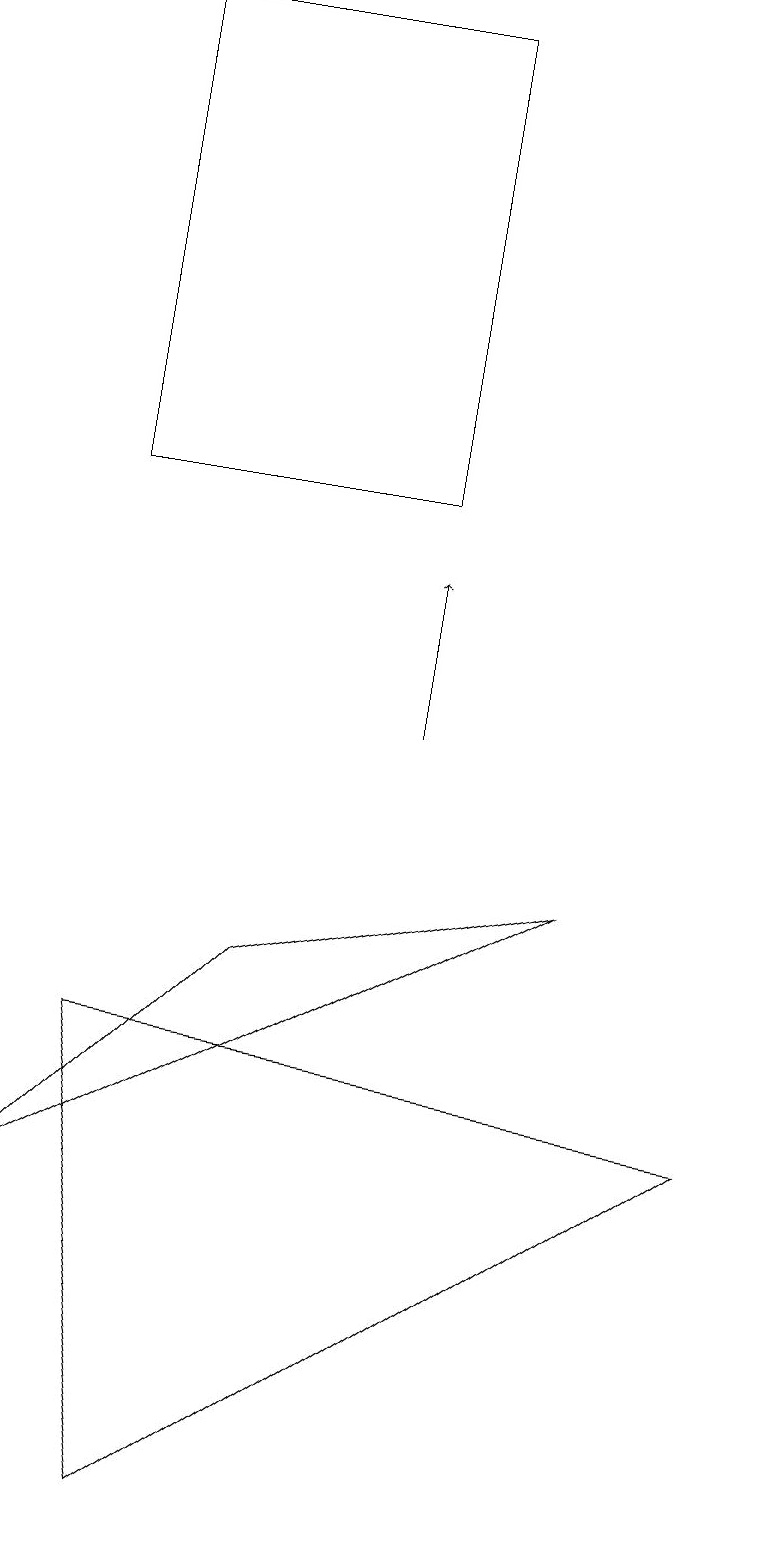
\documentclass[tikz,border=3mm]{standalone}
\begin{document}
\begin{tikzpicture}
\draw (5,19) rectangle (1,13);
\draw[->] (5,10) -- (5,12);
\draw (3,7) -- (7,8) -- (0,4) -- cycle;
\draw (9,5) -- (1,6) -- (2,0) -- cycle;
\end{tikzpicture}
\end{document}